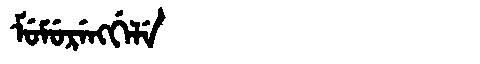
Manchu: ᠮᡠᠮᡠᡵᡝᠩᡤᡝᠯᡝ
Romanization: MUMURENGGELE